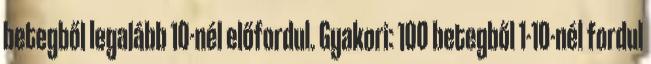
betegből legalább 10-nél előfordul. Gyakori: 100 betegből 1-10-nél fordul